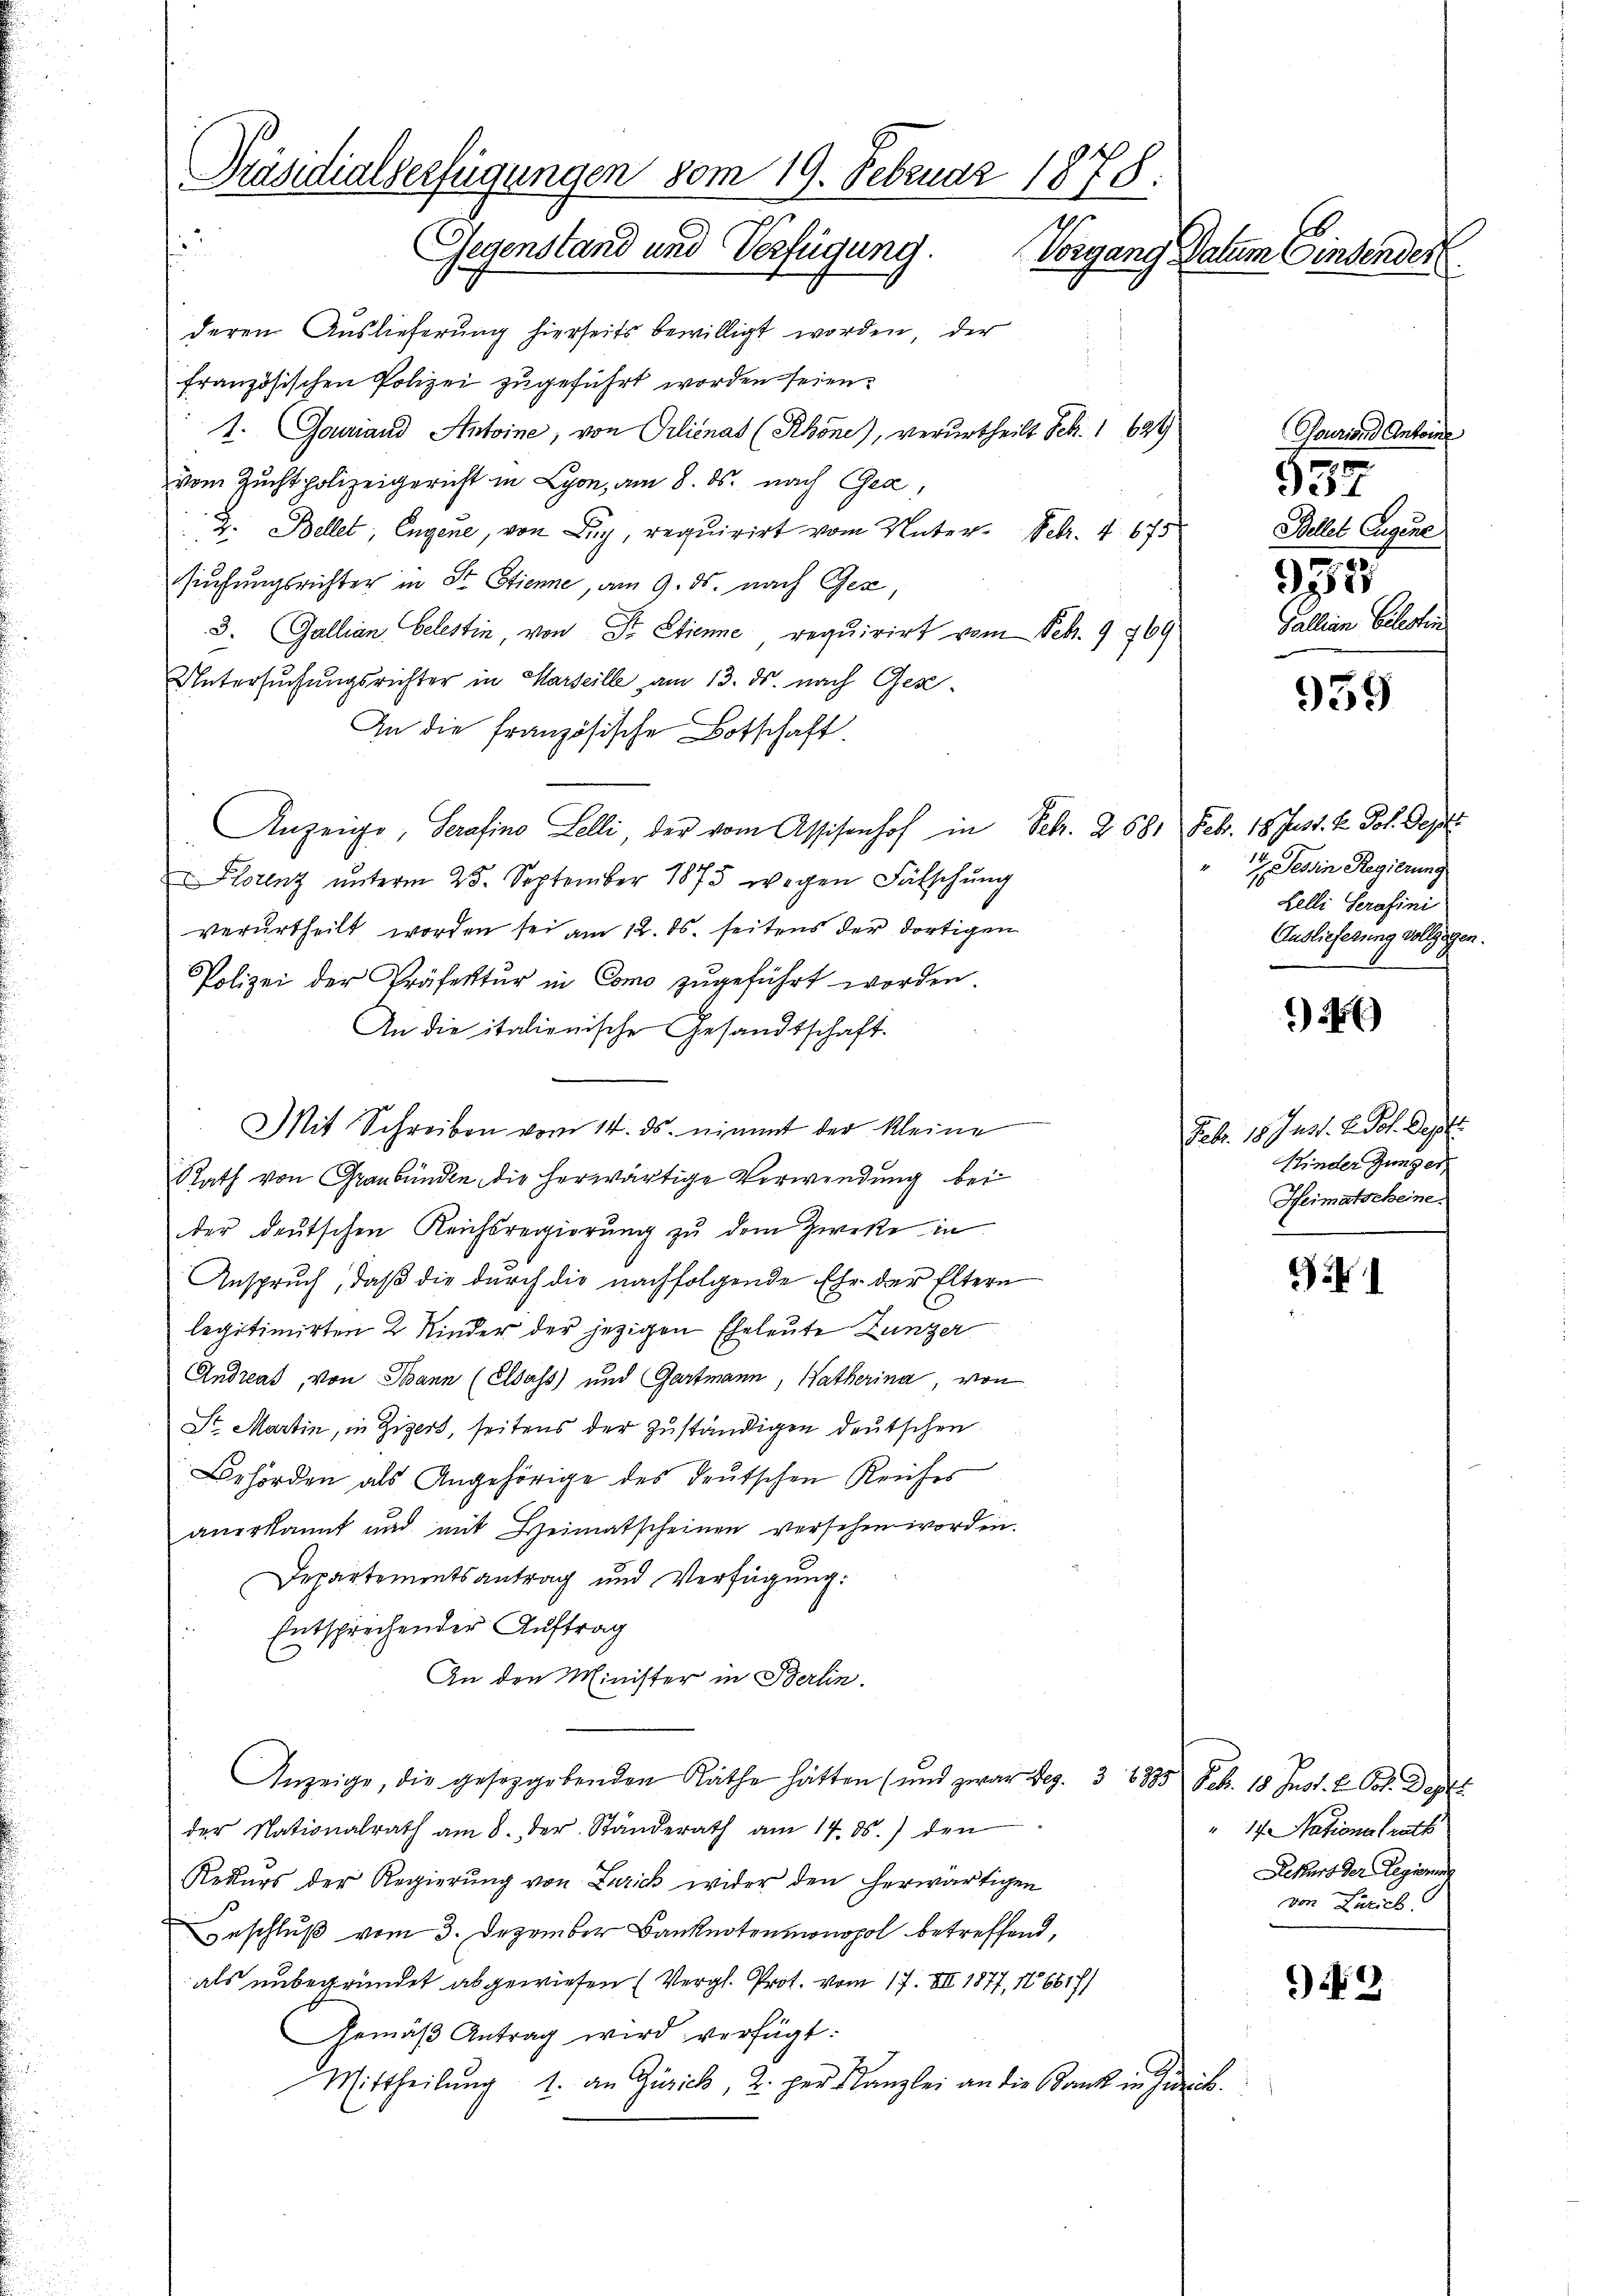
Präsidialserfügungen vom 19. Februar 1878.
e
Gegenstand und Verfügung.
Vorgang Datum Einsender
deren Auslieferung hierseits bewilligt worden, der
französischen Polizei zugeführt worden seien.
1. Gouiand Antoine, von Pilienas (Rhone), verurtheilt Feb. 1 624
Tourions Antone

vom Zuchtpolizeigericht in Lyon, am 8. ds. nach Gea,
2. Bellet, Engene, von Zug, requirirt vom Unter- Febr. 4675
suchungsrichter in St. Stienne, am 9. ds. nach Gex,
3. Gallian Celestin, von Sr. Etienne, requirirt vom Febr. 9 769
Untersuchungsrichter in Marseille am 13. ds. nach Gez¬
An die französische Botschaft.
Anzeige, Serafino Lelli, der vom Assisenhof in Febr. 2 581 Febr. 18. Just. Hr. Joh. Gesetz
Klotenz unterm 25. September 1875 wegen Fälschung
verurtheilt worden sei am 12. ds. seitens der dortigen
Polizei der Präfektur in Como zugeführt worden.
An die italienische Gesandtschaft.
Mit Schreiben vom 14. ds. nimmt der kleine
Rath von Graubünden die herwärtige Verwendung bei
der deutschen Reichsregierŭng zŭ dem Zweke in
Anspruch, daß die durch die nachfolgende Ehe der Eltern
legitimirten 2 Kinder der jezigen Eheleute Lunzer
Andreas, von Bann (Elsass) und Gartmann, Natherina, von
Str. Martin, in Zigers, seitens der zuständigen deutschen
Behörden als Angehörige des deutschen Reiches
anerkannt und mit Heimatscheinen versehen worden.
Departementsantrag und Verfügung:
Entsprechender Auftrag
An den Minister in Berlin.
Anzeige, die geseggebenden Räthe hätten (und zwar bez. 3 1883 Feb. 18. Just. l. Jos. Dasel
der Nationalrath am 8. der Standerath am 14. ds. den
Rekurs der Regierŭng von Zürich wider den herwärtigen
Beschluß vom 3. Dezember Banknotenmonopol betreffend,
als unbegründet abgewiesen (Vergl. Prot. vom 17. VII. 1877, 106817/
Gemäβ Antrag wird verfügt:
Mittheilŭng 1. an Gusick, 2. per Kanzlei an die Bank in Zu-

14. Nationalrath
Rekurs der Regierung
von Zürich.

sch

959

)

1

3

937
Bellet Eugene
295
Gallian Celesten

Tessin Regierung
4
Lelli Serafini
Auslieferung vollzogen

Feb. 18. Just. H. Joh. Septe
Kinder Zunger
Heimatscheine